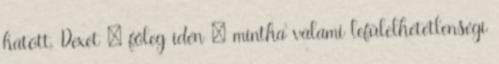
hatott, Dexet – főleg idén – mintha valami lefülelhetetlenségi